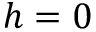
h = 0